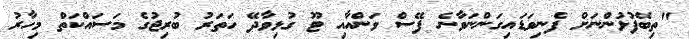
"ތިބޭފުޅުންނަށް ފެނިވަޑައިގަންނަވާނެ ފޭސް ވަންއާއި ޓޫ ގުޅިވާދޭ ހަތަރު ބުރިޖުގެ މަސައްކަތް މިހާރު